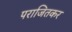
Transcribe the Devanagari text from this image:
पराजितकर